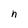
Character: n